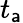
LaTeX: t_{\mathsf{a}}